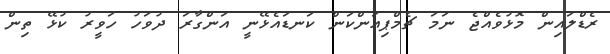
ރެޑްލައިން މޮޅުވެއްޖެ ނަމަ ޗެމްޕިއަންކަން ކަނޑައެޅޭނީ އަންގާރަ ދުވަހު ހަވީރު ކުޅޭ ތިން